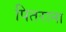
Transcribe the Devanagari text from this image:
पितराना